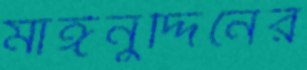
মাঈনুদ্দিনের